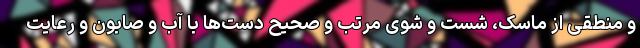
و منطقی از ماسک، شست و شوی مرتب و صحیح دست‌ها با آب و صابون و رعایت